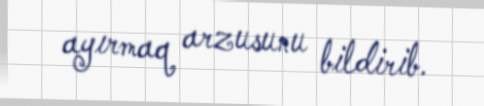
ayırmaq arzusunu bildirib.